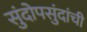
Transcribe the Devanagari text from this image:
सुंदोपसुंदांची